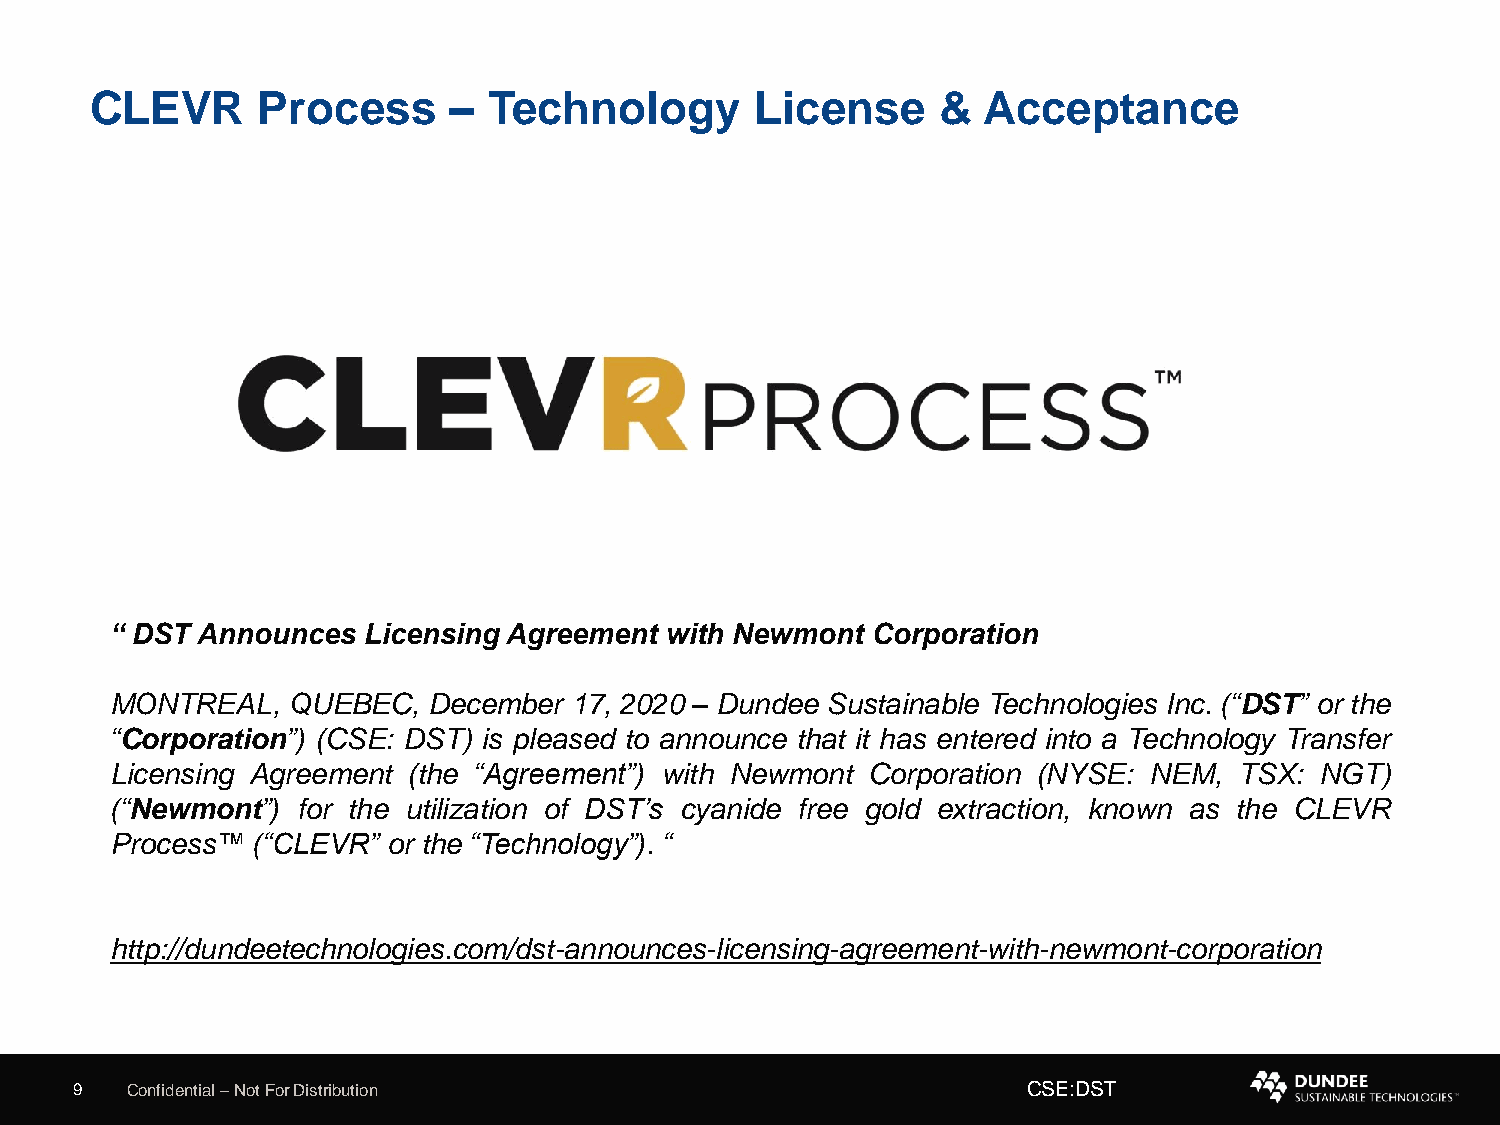
CLEVR      Process      – Technology        License     &  Acceptance
 “ DST Announces  Licensing Agreement with Newmont  Corporation
 MONTREAL,   QUEBEC,  December  17, 2020 – Dundee Sustainable Technologies Inc. (“DST” or the
 “Corporation”) (CSE: DST) is pleased to announce that it has entered into a Technology Transfer
 Licensing Agreement (the “Agreement”) with Newmont Corporation (NYSE: NEM, TSX: NGT)
 (“Newmont”)  for the utilization of DST’s cyanide free gold extraction, known as the CLEVR
 Process™  (“CLEVR” or the “Technology”). “
 http://dundeetechnologies.com/dst-announces-licensing-agreement-with-newmont-corporation
 9  Confidential –Not For Distribution                          CSE:DST